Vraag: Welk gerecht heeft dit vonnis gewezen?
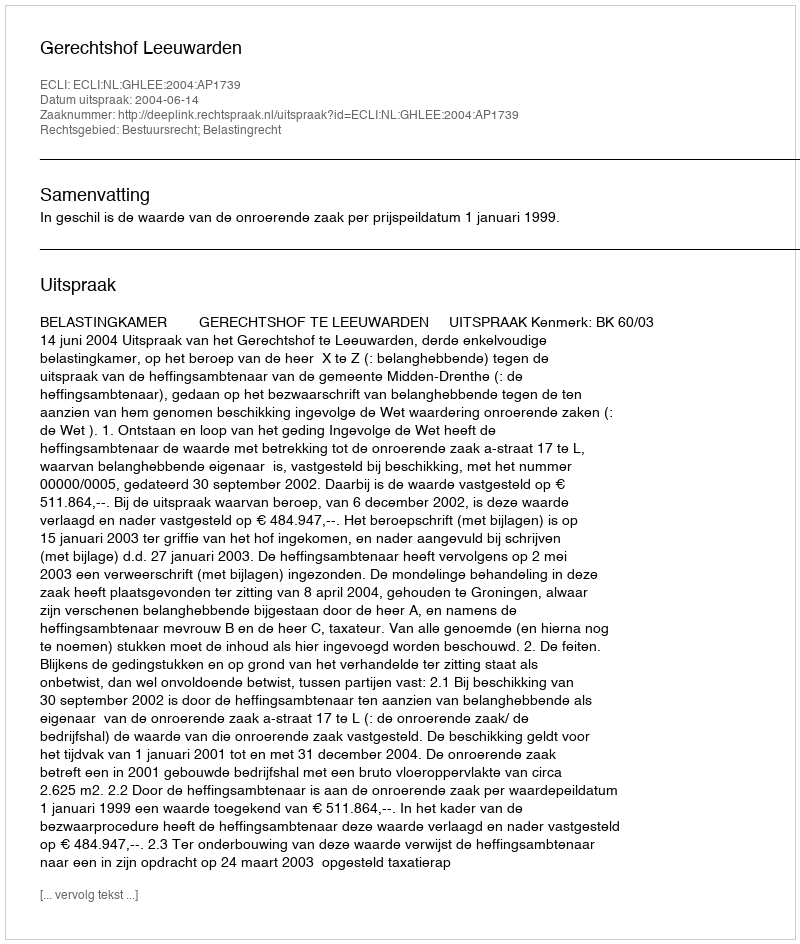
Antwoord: Gerechtshof Leeuwarden